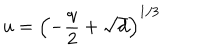
LaTeX: u = \left( - \frac { q } { 2 } + \sqrt { d } \right) ^ { 1 / 3 }